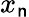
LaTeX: x_{\mathsf{n}}